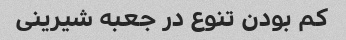
کم بودن تنوع در جعبه شیرینی